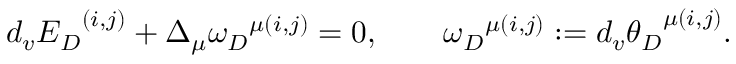
d _ { v } { { \cal E } _ { D } } ^ { ( i , j ) } + \Delta _ { \mu } { \omega _ { D } } ^ { \mu ( i , j ) } = 0 , \qquad { \omega _ { D } } ^ { \mu ( i , j ) } : = d _ { v } { \theta _ { D } } ^ { \mu ( i , j ) } .